Lunatic asylums Punjab 1868-1880 - 1868-1880
Year: 1868
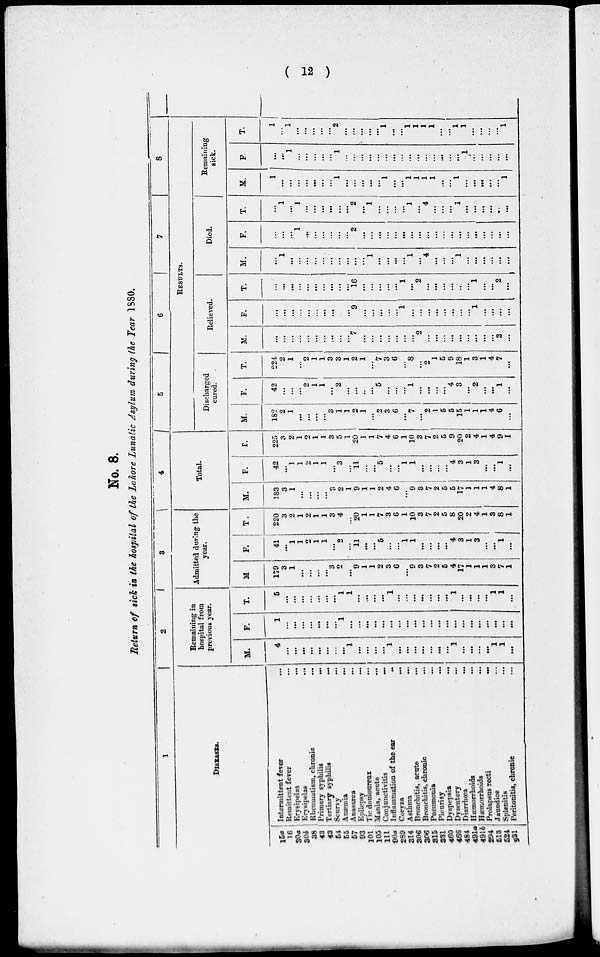
( 12 )
No. 8.
Return of sick in the hospital of the Lahore Lunatic Asylum during the Year 1880.
1
DISEASES.
15a
16
30a
30b
38
43
43
54
55
57
93
101
105
111
90a
289
314
306
306
315
331
460
466
484
491a
491b
294
513
524
531
Intermittent fever ...
Remittent fever ...
Erysipelas
...
Erysipelas ...
Rhcumatism, chronic ...
Primary syphilis
...
Tertiary syphilis
...
Scurvy ...
Anæima
...
Anasarca ...
Epilepsy ...
Tic douloureux ...
Mania, acute
...
Conjunctivitis
...
Inflammation of the ear
...
Coryza ...
Asthma
...
Bronchitis, acute ...
Bronchitis, chronic ...
Pneumonia ...
Pleurisy ...
Dyspepsia ...
Dysentery ...
Diarrhœa ...
Hæmorrhoids ...
Hæmorrhoids ...
Prolapsus recti
...
Jaundice ...
Splenitis ...
Peritonitis, chronic ...
2
Remaining in
hospital from
previous year.
M.
4
...
...
...
...
...
...
...
...
1
...
...
...
...
1
...
...
...
...
...
...
...
1
...
...
...
...
1
1
...
F.
1
...
...
...
...
...
...
...
1
...
...
...
...
...
...
...
...
...
...
...
...
...
...
...
...
...
...
...
...
...
T.
5
...
...
...
...
...
...
...
1
1
...
...
...
...
1
...
...
...
...
...
...
...
1
...
...
...
...
1
1
...
3
Admitted during the
year.
M
179
3
1
...
...
...
...
3
2
...
9
1
1
2
3
6
...
9
3
7
2
5
4
17
1
1
1
3
7
1
F.
41
...
1
1
2
1
1
...
2
...
11
...
...
5
...
...
1
1
...
...
...
...
4
3
1
3
...
...
1
...
T.
220
3
2
1
2
1
1
3
4
...
20
1
1
7
3
6
1
10
3
7
2
5
8
20
2
4
1
3
8
1
4
Total.
M.
183
3
1
...
...
...
...
3
2
1
9
1
1
2
4
6
...
9
3
7
2
5
5
17
1
1
1
4
8
1
F.
42
...
1
1
2
1
1
...
3
...
11
...
...
5
...
...
1
1
...
...
...
...
4
3
1
3
...
...
1
...
T.
225
3
2
1
2
1
1
3
5
...
20
1
1
7
4
6
1
10
3
7
2
5
9
20
2
4
1
4
9
1
5
6
7
8
RESULTS.
Discharged
cured.
M.
182
2
1
...
...
...
...
3
1
1
2
1
...
2
3
6
...
7
...
2
1
5
5
15
1
1
1
4
6
...
F.
42
...
...
...
2
1
1
...
2
...
...
...
...
5
...
...
...
1
...
...
...
...
4
3
...
2
...
...
1
...
T.
224
2
1
...
2
1
1
3
3
1
2
1
...
7
3
6
...
8
...
2
1
5
9
18
1
3
1
4
7
...
Relieved.
M.
...
...
...
...
...
...
...
...
...
...
7
...
...
...
...
...
...
...
2
...
...
...
...
...
...
...
...
...
2
...
F.
...
...
...
...
...
...
...
...
...
...
9
...
...
...
...
...
1
...
...
...
...
...
...
...
...
1
...
...
...
...
T.
...
...
...
...
...
...
...
...
...
...
16
...
...
...
...
...
1
...
2
...
...
...
...
...
...
1
...
...
2
...
Died.
M.
...
1
...
...
...
...
...
...
...
...
...
...
1
...
...
...
...
1
...
4
...
...
...
1
...
...
...
...
...
...
F.
...
...
...
1
...
...
...
...
...
...
2
...
...
...
...
...
...
...
...
...
...
...
...
...
...
...
...
...
...
...
T.
...
1
...
1
...
...
...
...
...
...
2
...
1
...
...
...
...
1
...
4
...
...
...
1
...
...
...
...
...
...
Remaining
sick.
M.
1
...
...
...
...
...
...
...
1
...
...
...
...
...
1
...
...
1
1
1
1
...
...
1
...
...
...
...
...
1
F
...
...
1
...
...
...
...
...
1
...
...
...
...
...
...
...
...
...
...
...
...
...
...
...
1
...
...
...
...
...
T.
1
...
1
...
...
...
...
...
2
...
...
...
...
...
1
...
...
1
1
1
1
...
...
1
1
...
...
...
...
1